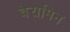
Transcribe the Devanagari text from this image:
वेरामिन